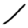
Digit: 1